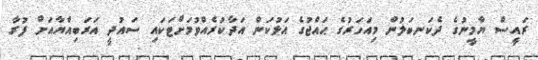
ރައީސް ޔާމީނުގެ ދެކަނބަލުން މިއަހަރުގެ ޙައްޖުގެ އަޅުކަން އަދާކުރެއްވުމަށްޓަކައި ސައުދީ އަރަބިއްޔާއަށް ފުރާ